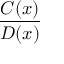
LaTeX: \frac { C ( x ) } { D ( x ) }